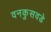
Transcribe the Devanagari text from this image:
वनकुसवडे